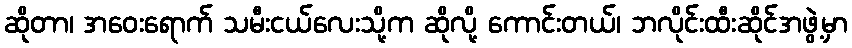
ဆိုတာ၊ အဝေးရောက် သမီးငယ်လေးသို့က ဆိုလို့ ကောင်းတယ်၊ ဘလိုင်းထီးဆိုင်အဖွဲ့မှာ